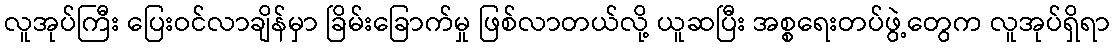
လူအုပ်ကြီး ပြေးဝင်လာချိန်မှာ ခြိမ်းခြောက်မှု ဖြစ်လာတယ်လို့ ယူဆပြီး အစ္စရေးတပ်ဖွဲ့တွေက လူအုပ်ရှိရာ